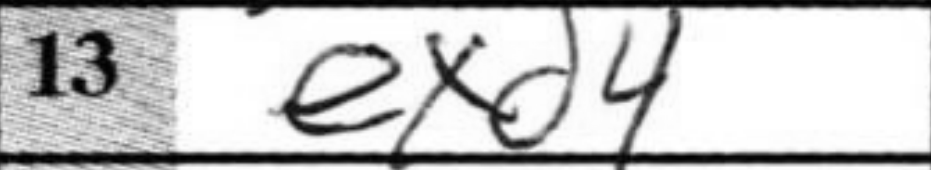
Transcription: exd4